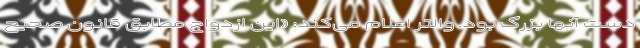
دست آنها بزرگ بود. والتر اعلام می‌کند: «این ازدواج مطابق قانون صحیح